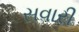
સવારી